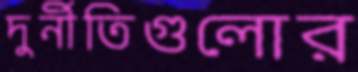
দুর্নীতিগুলোর